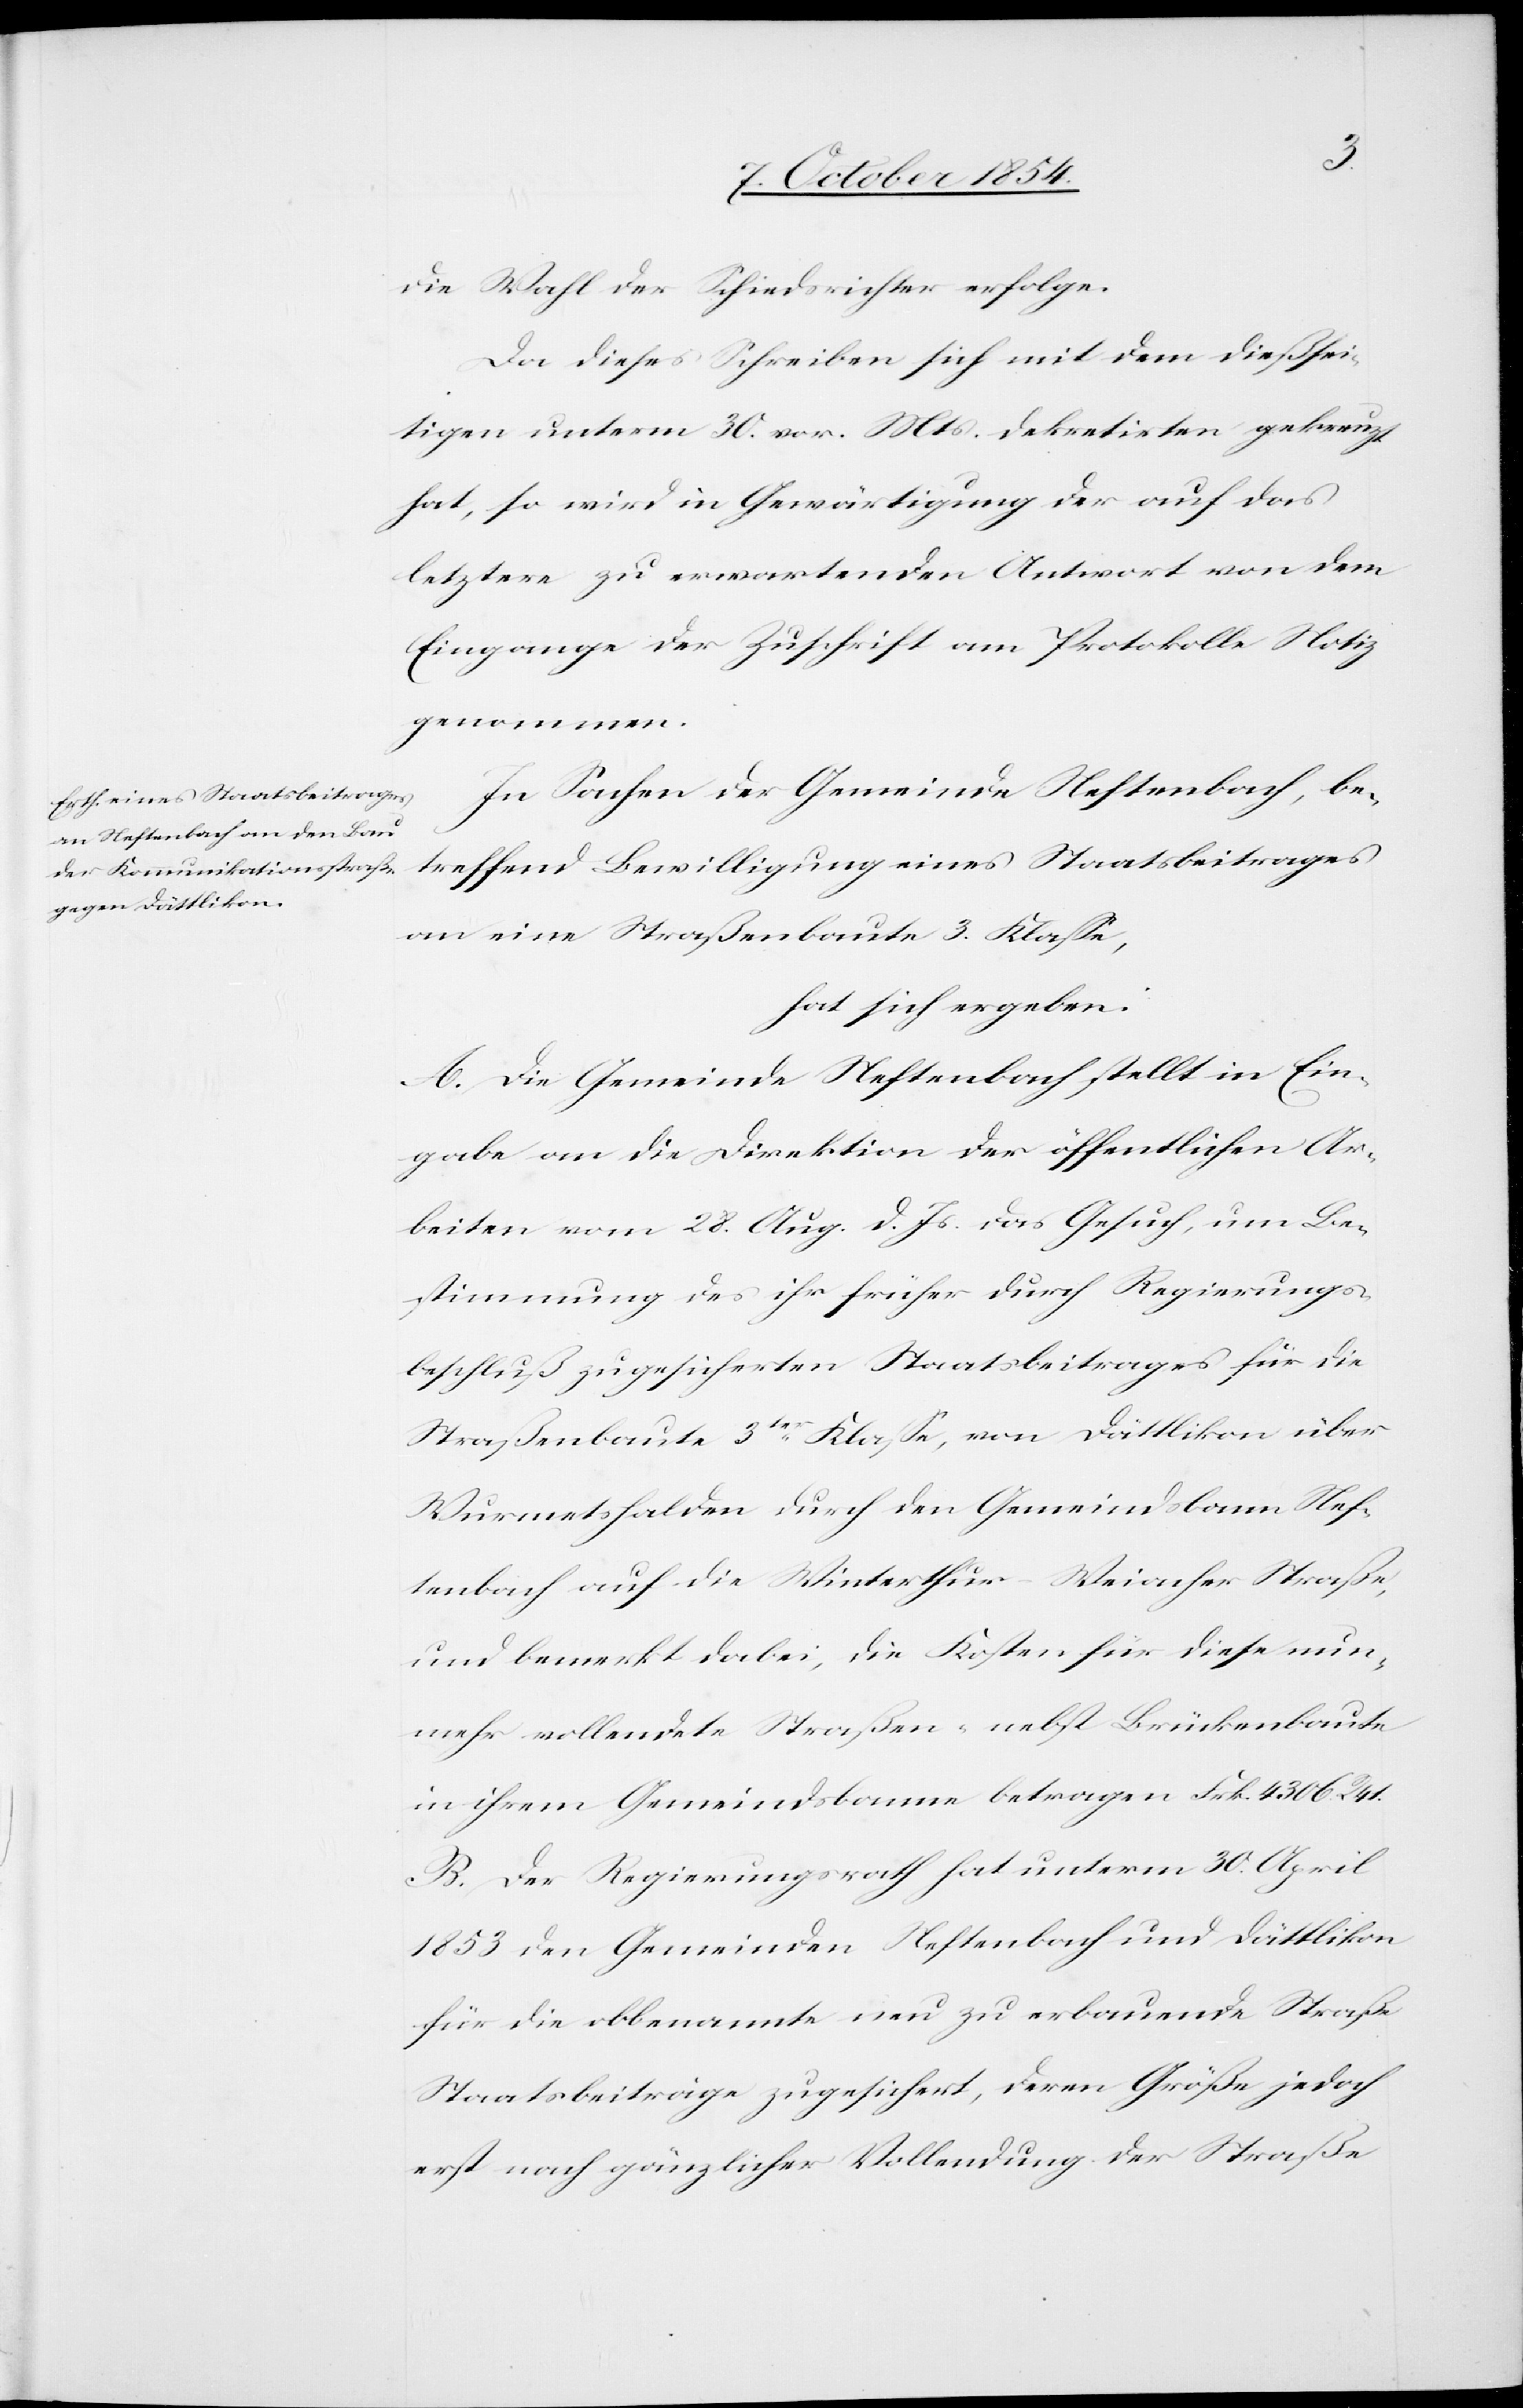
die Wahl der Schiedsrichter erfolge.
Da dieses Schreiben sich mit dem dießsei¬
tigen unterm 30. vor. Mts. dekretirten gekreuzt
hat, so wird in Gewärtigung der auf das
letztere zu erwartenden Antwort von dem
Eingange der Zuschrift am Protokolle Notiz
genommen.
In Sachen der Gemeinde Neftenbach, be¬
treffend Bewilligung eines Staatsbeitrages
an eine Straßenbaute 3. Klaße,
hat sich ergeben:
A. Die Gemeinde Neftenbach stellt in Ein¬
gabe an die Direktion der öffentlichen Ar¬
beiten vom 28. Aug. d. Js. das Gesuch, um Be¬
stimmung des ihr früher durch Regierungs¬
beschluß zugesicherten Staatsbeitrages für die
Straßenbaute 3ter Klaße, von Dättlikon über
Wurmetshalden durch den Gemeindsbann Nef¬
tenbach auf die Winterthur-Weiacher Straße,
und bemerkt dabei, die Kosten für diese nun¬
mehr vollendete Straßen- nebst Brückenbaute
in ihrem Gemeindsbann betragen Frk. 4306. R
B. Der Regierungsrath hat unterm 30. April
1853 den Gemeinden Neftenbach und Dättlikon
für die obbenannte neu zu erbauende Straße
Staatsbeiträge zugesichert, deren Größe jedoch
erst nach gänzlicher Vollendung der Straße